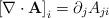
LaTeX: \begin{align*}\left[\nabla\cdot\mathbf{A}\right]_{i}=\partial_{j}A_{ji}\end{align*}